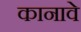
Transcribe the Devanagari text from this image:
कानावे